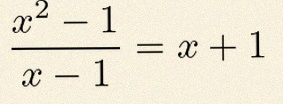
\frac{x^2-1}{x-1}=x+1